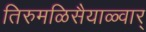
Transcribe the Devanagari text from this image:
तिरुमळिसैयाळ्वार्